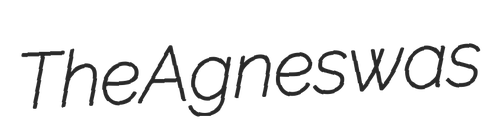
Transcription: The Agnes was